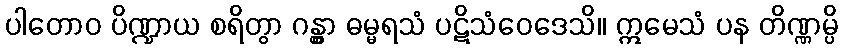
ပါတောဝ ပိဏ္ဍာယ စရိတွာ ဂန္တွာ ဓမ္မရသံ ပဋိသံဝေဒေသိ။ ဣမေသံ ပန တိဏ္ဏမ္ပိ